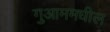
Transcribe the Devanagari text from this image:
गुआममधील